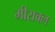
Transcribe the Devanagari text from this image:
मीराक्ल